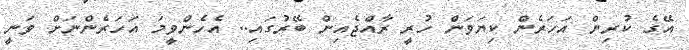
އޭގެ ކުރިން އަހަރެން ކިޔަވަން ހުރީ ރާއްޖެއިން ބޭރުގައި.. އެހެންވީމަ އަހަރެންނަށް ވަނީ